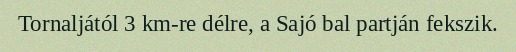
Tornaljától 3 km-re délre, a Sajó bal partján fekszik.